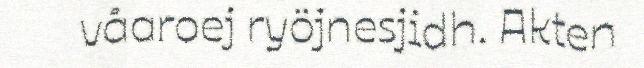
våaroej ryöjnesjidh. Akten